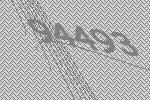
94493